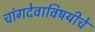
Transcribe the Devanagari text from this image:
चांगदेवाविषयीचे